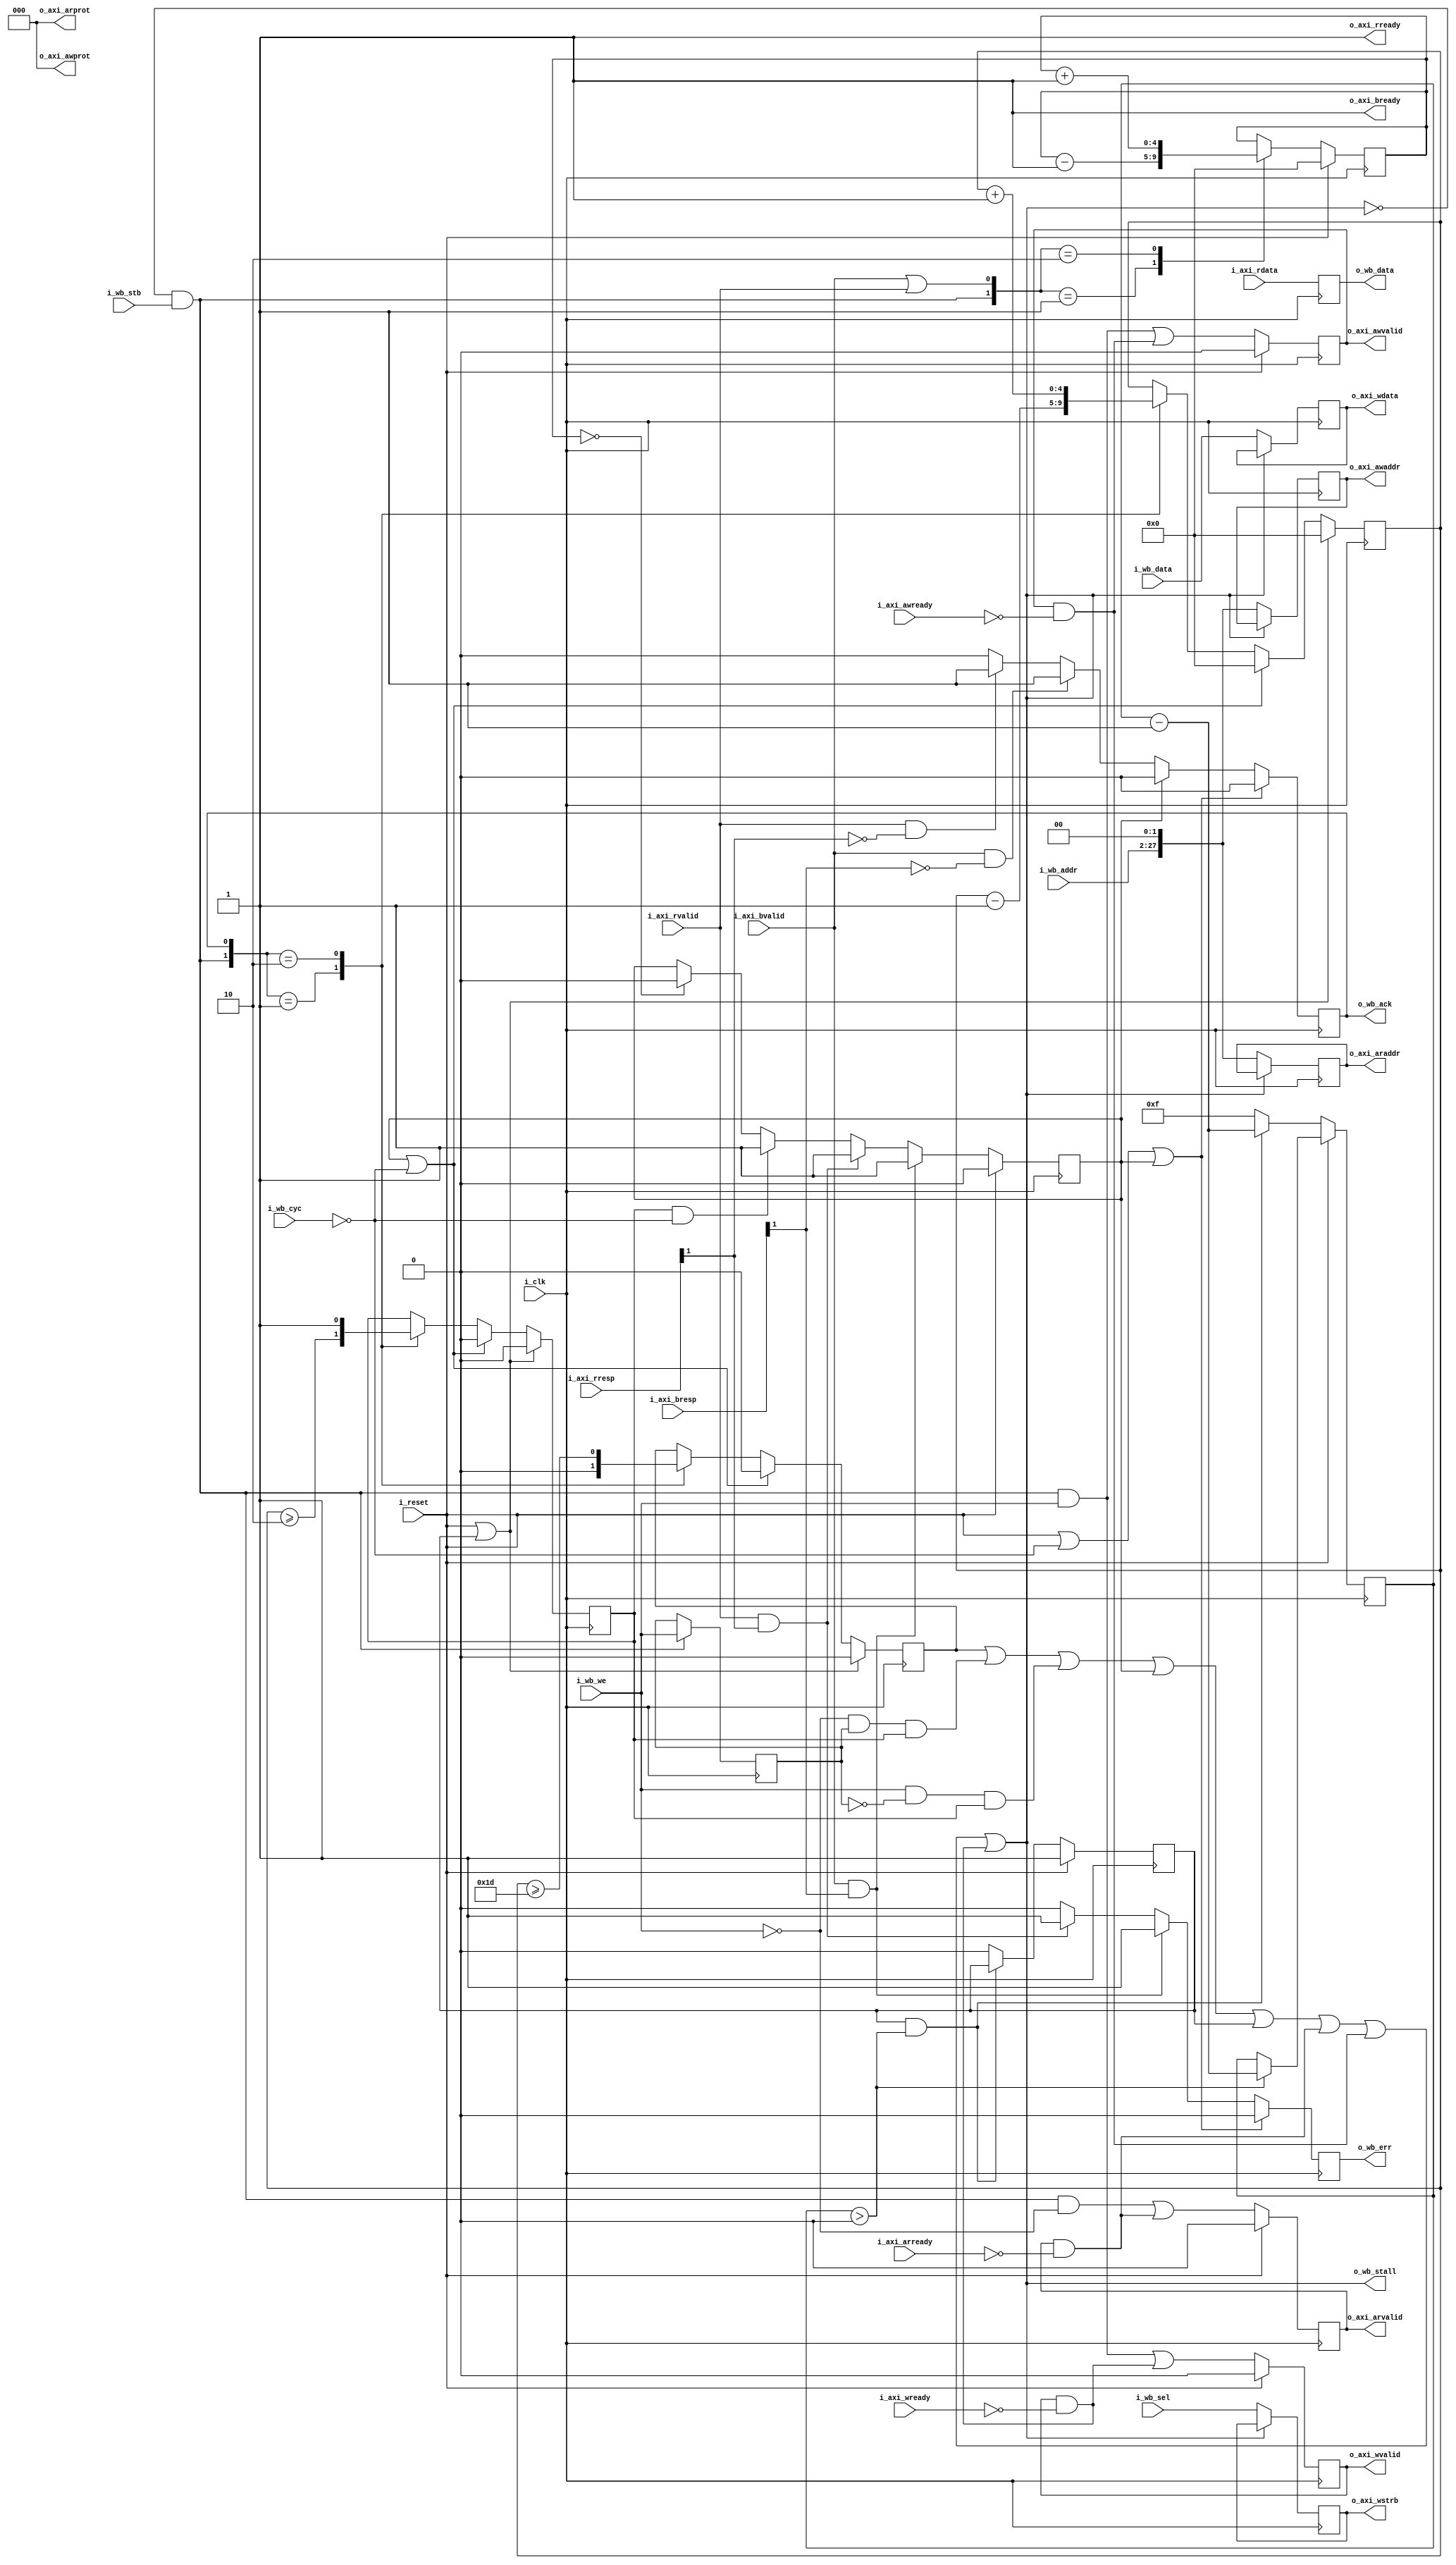
module wbm2axilite #(
		// {{{
		parameter C_AXI_ADDR_WIDTH	=  28,// AXI Address width
		localparam C_AXI_DATA_WIDTH	=  32,// Width of the AXI R&W data
		localparam DW			=  C_AXI_DATA_WIDTH,// Wishbone data width
		localparam AW			=  C_AXI_ADDR_WIDTH-2// WB addr width (log wordsize)
		// }}}
	) (
		// {{{
		// We'll share the clock and the reset
		input	wire			i_clk,
		input	wire			i_reset,
		// Wishbone
		// {{{
		input	wire			i_wb_cyc,
		input	wire			i_wb_stb,
		input	wire			i_wb_we,
		input	wire	[(AW-1):0]	i_wb_addr,
		input	wire	[(DW-1):0]	i_wb_data,
		input	wire	[(DW/8-1):0]	i_wb_sel,
		output	wire			o_wb_stall,
		output	reg			o_wb_ack,
		output	reg	[(DW-1):0]	o_wb_data,
		output	reg			o_wb_err,
		// }}}
		// AXI-Lite
		// {{{
		// AXI write address channel signals
		output	reg			o_axi_awvalid,
		input	wire			i_axi_awready,
		output	reg	[C_AXI_ADDR_WIDTH-1:0]	o_axi_awaddr,
		output	wire	[2:0]		o_axi_awprot,
		//
		// AXI write data channel signals
		output	reg			o_axi_wvalid,
		input	wire			i_axi_wready,
		output	reg	[C_AXI_DATA_WIDTH-1:0]	o_axi_wdata,
		output	reg	[C_AXI_DATA_WIDTH/8-1:0] o_axi_wstrb,
		//
		// AXI write response channel signals
		input	wire			i_axi_bvalid,
		output	wire			o_axi_bready,
		input	wire [1:0]		i_axi_bresp,
		//
		// AXI read address channel signals
		output	reg			o_axi_arvalid,
		input	wire			i_axi_arready,
		output	reg	[C_AXI_ADDR_WIDTH-1:0]	o_axi_araddr,
		output	wire	[2:0]		o_axi_arprot,
		//
		// AXI read data channel signals
		input	wire			i_axi_rvalid,
		output	wire			o_axi_rready,
		input wire [C_AXI_DATA_WIDTH-1:0] i_axi_rdata,
		input	wire	[1:0]		i_axi_rresp
		// }}}
		// }}}
	);

	// Declarations
	// {{{
//*****************************************************************************
// Local Parameter declarations
//*****************************************************************************

	//
	// LGIFOFLN: The log (based two) of the size of our FIFO.  This is a
	// localparam since 1) 32-bit distributed memories nearly come for
	// free, and 2) because there is no performance gain to be had in larger
	// memories.  2^32 entries is the perfect size for this application.
	// Any smaller, and the core will not be able to maintain 100%
	// throughput.
	localparam	LGFIFOLN = 5;


//*****************************************************************************
// Internal register and wire declarations
//*****************************************************************************

// Things we're not changing ...
	assign o_axi_awprot  = 3'b000;	// Unpriviledged, unsecure, data access
	assign o_axi_arprot  = 3'b000;	// Unpriviledged, unsecure, data access

	reg	full_fifo, err_state, axi_reset_state, wb_we;
	reg	[3:0]	reset_count;
	reg			pending;
	reg	[LGFIFOLN-1:0]	outstanding, err_pending;
	// }}}
	////////////////////////////////////////////////////////////////////////
	//
	// Master bridge logic
	// {{{
	////////////////////////////////////////////////////////////////////////
	//
	//

	// o_wb_stall
	// {{{
	assign	o_wb_stall = (full_fifo)
			||((!i_wb_we)&&( wb_we)&&(pending))
			||(( i_wb_we)&&(!wb_we)&&(pending))
			||(err_state)||(axi_reset_state)
			||(o_axi_arvalid)&&(!i_axi_arready)
			||(o_axi_awvalid)&&(!i_axi_awready)
			||(o_axi_wvalid)&&(!i_axi_wready);
	// }}}

	// reset_count, axi_reset_state
	// {{{
	initial	axi_reset_state = 1'b1;
	initial	reset_count = 4'hf;
	always @(posedge i_clk)
	if (i_reset)
	begin
		axi_reset_state <= 1'b1;
		if (reset_count > 0)
			reset_count <= reset_count - 1'b1;
	end else if ((axi_reset_state)&&(reset_count > 0))
		reset_count <= reset_count - 1'b1;
	else begin
		axi_reset_state <= 1'b0;
		reset_count <= 4'hf;
	end
	// }}}

	// pending, outstanding, full_fifo: Count outstanding transactions
	// {{{
	initial	pending = 0;
	initial	outstanding = 0;
	always @(posedge i_clk)
	if ((i_reset)||(axi_reset_state))
	begin
		pending <= 0;
		outstanding <= 0;
		full_fifo <= 0;
	end else if ((err_state)||(!i_wb_cyc))
	begin
		pending <= 0;
		outstanding <= 0;
		full_fifo <= 0;
	end else case({ ((i_wb_stb)&&(!o_wb_stall)), (o_wb_ack) })
	2'b01: begin
		outstanding <= outstanding - 1'b1;
		pending <= (outstanding >= 2);
		full_fifo <= 1'b0;
		end
	2'b10: begin
		outstanding <= outstanding + 1'b1;
		pending <= 1'b1;
		full_fifo <= (outstanding >= {{(LGFIFOLN-2){1'b1}},2'b01});
		end
	default: begin end
	endcase
	// }}}

	always @(posedge i_clk)
	if ((i_wb_stb)&&(!o_wb_stall))
		wb_we <= i_wb_we;
	// }}}
	////////////////////////////////////////////////////////////////////////
	//
	// Write address logic
	// {{{
	////////////////////////////////////////////////////////////////////////
	//

	// o_axi_awvalid
	// {{{
	initial	o_axi_awvalid = 0;
	always @(posedge i_clk)
	if (i_reset)
		o_axi_awvalid <= 0;
	else
		o_axi_awvalid <= (!o_wb_stall)&&(i_wb_stb)&&(i_wb_we)
			||(o_axi_awvalid)&&(!i_axi_awready);
	// }}}


	// o_axi_awaddr
	// {{{
	always @(posedge i_clk)
	if (!o_wb_stall)
		o_axi_awaddr <= { i_wb_addr, 2'b00 };
	// }}}

	// }}}
	////////////////////////////////////////////////////////////////////////
	//
	// Read address logic
	// {{{
	////////////////////////////////////////////////////////////////////////
	//
	//

	// o_axi_arvalid
	// {{{
	initial	o_axi_arvalid = 1'b0;
	always @(posedge i_clk)
	if (i_reset)
		o_axi_arvalid <= 1'b0;
	else
		o_axi_arvalid <= (!o_wb_stall)&&(i_wb_stb)&&(!i_wb_we)
			||((o_axi_arvalid)&&(!i_axi_arready));
	// }}}

	// o_axi_araddr
	// {{{
	always @(posedge i_clk)
	if (!o_wb_stall)
		o_axi_araddr <= { i_wb_addr, 2'b00 };
	// }}}
	// }}}
	////////////////////////////////////////////////////////////////////////
	//
	// Write data logic
	// {{{
	////////////////////////////////////////////////////////////////////////
	//
	//

	// o_axi_wdata, o_axi_wstrb
	// {{{
	always @(posedge i_clk)
	if (!o_wb_stall)
	begin
		o_axi_wdata <= i_wb_data;
		o_axi_wstrb <= i_wb_sel;
	end
	// }}}

	// o_axi_wvalid
	// {{{
	initial	o_axi_wvalid = 0;
	always @(posedge i_clk)
	if (i_reset)
		o_axi_wvalid <= 0;
	else
		o_axi_wvalid <= ((!o_wb_stall)&&(i_wb_stb)&&(i_wb_we))
			||((o_axi_wvalid)&&(!i_axi_wready));
	// }}}

	// o_wb_ack
	// {{{
	initial	o_wb_ack = 1'b0;
	always @(posedge i_clk)
	if ((i_reset)||(!i_wb_cyc)||(err_state))
		o_wb_ack <= 1'b0;
	else if (err_state)
		o_wb_ack <= 1'b0;
	else if ((i_axi_bvalid)&&(!i_axi_bresp[1]))
		o_wb_ack <= 1'b1;
	else if ((i_axi_rvalid)&&(!i_axi_rresp[1]))
		o_wb_ack <= 1'b1;
	else
		o_wb_ack <= 1'b0;
	// }}}

	// o_wb_data
	// {{{
	always @(posedge i_clk)
		o_wb_data <= i_axi_rdata;
	// }}}
	// }}}
	// Read data channel / response logic
	assign	o_axi_rready = 1'b1;
	assign	o_axi_bready = 1'b1;

	// o_wb_err
	// {{{
	initial	o_wb_err = 1'b0;
	always @(posedge i_clk)
	if ((i_reset)||(!i_wb_cyc)||(err_state))
		o_wb_err <= 1'b0;
	else if ((i_axi_bvalid)&&(i_axi_bresp[1]))
		o_wb_err <= 1'b1;
	else if ((i_axi_rvalid)&&(i_axi_rresp[1]))
		o_wb_err <= 1'b1;
	else
		o_wb_err <= 1'b0;
	// }}}

	// err_state
	// {{{
	initial	err_state = 1'b0;
	always @(posedge i_clk)
	if (i_reset)
		err_state <= 0;
	else if ((i_axi_bvalid)&&(i_axi_bresp[1]))
		err_state <= 1'b1;
	else if ((i_axi_rvalid)&&(i_axi_rresp[1]))
		err_state <= 1'b1;
	else if ((pending)&&(!i_wb_cyc))
		err_state <= 1'b1;
	else if (err_pending == 0)
		err_state <= 0;
	// }}}

	// err_pending
	// {{{
	initial	err_pending = 0;
	always @(posedge i_clk)
	if (i_reset)
		err_pending <= 0;
	else case({ ((i_wb_stb)&&(!o_wb_stall)),
					((i_axi_bvalid)||(i_axi_rvalid)) })
	2'b01: err_pending <= err_pending - 1'b1;
	2'b10: err_pending <= err_pending + 1'b1;
	default: begin end
	endcase
	// }}}

	// Make verilator happy
	// {{{
	// verilator lint_off UNUSED
	wire	[2:0]	unused;
	assign	unused = { i_wb_cyc, i_axi_bresp[0], i_axi_rresp[0] };
	// verilator lint_on  UNUSED
	// }}}
/////////////////////////////////////////////////////////////////////////
/////////////////////////////////////////////////////////////////////////
/////////////////////////////////////////////////////////////////////////
//
// Formal methods section
// {{{
// These are only relevant when *proving* that this translator works
/////////////////////////////////////////////////////////////////////////
/////////////////////////////////////////////////////////////////////////
/////////////////////////////////////////////////////////////////////////
/////////////////////////////////////////////////////////////////////////
`ifdef	FORMAL
	localparam	FIFOLN = (1<<LGFIFOLN);
	reg	f_past_valid;
//
`define	ASSUME	assume
`define	ASSERT	assert

	// Parameters
	initial	assert(DW == 32);
	initial	assert(C_AXI_ADDR_WIDTH == AW+2);
	//

	//
	// Setup
	//
	initial	f_past_valid = 1'b0;
	always @(posedge i_clk)
		f_past_valid <= 1'b1;

	always @(*)
	if (!f_past_valid)
		`ASSUME(i_reset);

	////////////////////////////////////////////////////////////////////////
	//
	// Bus properties
	// {{{
	////////////////////////////////////////////////////////////////////////
	//
	//
	always @(*)
		assume(f_past_valid || i_reset);

	wire	[(LGFIFOLN-1):0]	f_wb_nreqs, f_wb_nacks,f_wb_outstanding;
	fwb_slave #(
		// {{{
		.DW(DW),.AW(AW),
		.F_MAX_STALL(0),
		.F_MAX_ACK_DELAY(0),
		.F_LGDEPTH(LGFIFOLN),
		.F_MAX_REQUESTS(FIFOLN-2)
		// }}}
	) f_wb(
		// {{{
		i_clk, i_reset, i_wb_cyc, i_wb_stb, i_wb_we, i_wb_addr,
					i_wb_data, i_wb_sel,
				o_wb_ack, o_wb_stall, o_wb_data, o_wb_err,
			f_wb_nreqs, f_wb_nacks, f_wb_outstanding
		// }}}
	);

	wire	[(LGFIFOLN-1):0]	f_axi_rd_outstanding,
					f_axi_wr_outstanding,
					f_axi_awr_outstanding;

	faxil_master #(
		// {{{
		// .C_AXI_DATA_WIDTH(C_AXI_DATA_WIDTH),
		.C_AXI_ADDR_WIDTH(C_AXI_ADDR_WIDTH),
		.F_LGDEPTH(LGFIFOLN),
		.F_AXI_MAXWAIT(3),
		.F_AXI_MAXDELAY(3)
		// }}}
	) f_axil(
		// {{{
		.i_clk(i_clk),
		.i_axi_reset_n((!i_reset)&&(!axi_reset_state)),
		// Write address channel
		.i_axi_awvalid(o_axi_awvalid),
		.i_axi_awready(i_axi_awready),
		.i_axi_awaddr( o_axi_awaddr),
		.i_axi_awprot( o_axi_awprot),
		// Write data channel
		.i_axi_wvalid( o_axi_wvalid),
		.i_axi_wready( i_axi_wready),
		.i_axi_wdata(  o_axi_wdata),
		.i_axi_wstrb(  o_axi_wstrb),
		// Write response channel
		.i_axi_bvalid( i_axi_bvalid),
		.i_axi_bready( o_axi_bready),
		.i_axi_bresp(  i_axi_bresp),
		// Read address channel
		.i_axi_arvalid(o_axi_arvalid),
		.i_axi_arready(i_axi_arready),
		.i_axi_araddr( o_axi_araddr),
		.i_axi_arprot( o_axi_arprot),
		// Read data channel
		.i_axi_rvalid( i_axi_rvalid),
		.i_axi_rready( o_axi_rready),
		.i_axi_rdata(  i_axi_rdata),
		.i_axi_rresp(  i_axi_rresp),
		// Counts
		.f_axi_rd_outstanding( f_axi_rd_outstanding),
		.f_axi_wr_outstanding( f_axi_wr_outstanding),
		.f_axi_awr_outstanding( f_axi_awr_outstanding)
		// }}}
	);
	// }}}


	//////////////////////////////////////////////
	//
	//
	// Assertions about the AXI4 ouputs
	//
	//
	//////////////////////////////////////////////

	// Write response channel
	always @(posedge i_clk)
		// We keep bready high, so the other condition doesn't
		// need to be checked
		assert(o_axi_bready);

	// AXI read data channel signals
	always @(posedge i_clk)
		// We keep o_axi_rready high, so the other condition's
		// don't need to be checked here
		assert(o_axi_rready);

	//
	// Let's look into write requests
	//
	initial	assert(!o_axi_awvalid);
	initial	assert(!o_axi_wvalid);
	always @(posedge i_clk)
	if ((!f_past_valid)||($past(i_reset))||($past(axi_reset_state)))
	begin
		assert(!o_axi_awvalid);
		assert(!o_axi_wvalid);
	end

	always @(posedge i_clk)
	if ((f_past_valid)&&(!$past(i_reset))
		&&($past((i_wb_stb)&&(i_wb_we)&&(!o_wb_stall))))
	begin
		// Following any write request that we accept, awvalid
		// and wvalid should both be true
		assert(o_axi_awvalid);
		assert(o_axi_wvalid);
		assert(wb_we);
	end else if ((f_past_valid)&&($past(i_reset)))
	begin
		if ($past(i_axi_awready))
			assert(!o_axi_awvalid);
		if ($past(i_axi_wready))
			assert(!o_axi_wvalid);
	end

	//
	// AXI write address channel
	//
	always @(posedge i_clk)
	if ((f_past_valid)&&($past((i_wb_stb)&&(i_wb_we)&&(!o_wb_stall))))
		assert(o_axi_awaddr == { $past(i_wb_addr[AW-1:0]), 2'b00 });

	//
	// AXI write data channel
	//
	always @(posedge i_clk)
	if ((f_past_valid)&&($past(i_wb_stb)&&(i_wb_we)&&(!$past(o_wb_stall))))
	begin
		assert(o_axi_wdata == $past(i_wb_data));
		assert(o_axi_wstrb == $past(i_wb_sel));
	end

	//
	// AXI read address channel
	//
	initial	assert(!o_axi_arvalid);
	always @(posedge i_clk)
	if ((f_past_valid)&&(!$past(i_reset))
		&&($past((i_wb_stb)&&(!i_wb_we)&&(!o_wb_stall))))
	begin
		assert(o_axi_arvalid);
		assert(o_axi_araddr == { $past(i_wb_addr), 2'b00 });
	end
	//

	//
	// AXI write response channel
	//

	//
	// AXI read data channel signals
	//
	always @(posedge i_clk)
	if ((f_past_valid)&&(($past(i_reset))||($past(axi_reset_state))))
	begin
		// Relate err_pending to outstanding
		assert(outstanding == 0);
		assert(err_pending == 0);
	end else if (!err_state)
		assert(err_pending == outstanding - ((o_wb_ack)||(o_wb_err)));

	always @(posedge i_clk)
	if ((f_past_valid)&&(($past(i_reset))||($past(axi_reset_state))))
	begin
		assert(f_axi_awr_outstanding == 0);
		assert(f_axi_wr_outstanding == 0);
		assert(f_axi_rd_outstanding == 0);

		assert(f_wb_outstanding == 0);
		assert(!pending);
		assert(outstanding == 0);
		assert(err_pending == 0);
	end else if (wb_we)
	begin
		case({o_axi_awvalid,o_axi_wvalid})
		2'b00: begin
			`ASSERT(f_axi_awr_outstanding   == err_pending);
			`ASSERT(f_axi_wr_outstanding    == err_pending);
			end
		2'b01: begin
			`ASSERT(f_axi_awr_outstanding   == err_pending);
			`ASSERT(f_axi_wr_outstanding +1 == err_pending);
			end
		2'b10: begin
			`ASSERT(f_axi_awr_outstanding+1 == err_pending);
			`ASSERT(f_axi_wr_outstanding    == err_pending);
			end
		2'b11: begin
			`ASSERT(f_axi_awr_outstanding+1 == err_pending);
			`ASSERT(f_axi_wr_outstanding +1 == err_pending);
			end
		endcase

		//
		`ASSERT(!o_axi_arvalid);
		`ASSERT(f_axi_rd_outstanding == 0);
	end else begin
		if (!o_axi_arvalid)
			`ASSERT(f_axi_rd_outstanding == err_pending);
		else
			`ASSERT(f_axi_rd_outstanding+1 == err_pending);

		`ASSERT(!o_axi_awvalid);
		`ASSERT(!o_axi_wvalid);
		`ASSERT(f_axi_awr_outstanding == 0);
		`ASSERT(f_axi_wr_outstanding == 0);
	end

	always @(*)
	if ((!i_reset)&&(i_wb_cyc)&&(!err_state))
		`ASSERT(f_wb_outstanding == outstanding);

	always @(posedge i_clk)
	if ((f_past_valid)&&(err_state))
		`ASSERT((o_wb_err)||(f_wb_outstanding == 0));

	always @(posedge i_clk)
		`ASSERT(pending == (outstanding != 0));
	//
	// Make sure we only create one request at a time
	always @(posedge i_clk)
		`ASSERT((!o_axi_arvalid)||(!o_axi_wvalid));
	always @(posedge i_clk)
		`ASSERT((!o_axi_arvalid)||(!o_axi_awvalid));
	always @(posedge i_clk)
	if (wb_we)
		`ASSERT(!o_axi_arvalid);
	else
		`ASSERT((!o_axi_awvalid)&&(!o_axi_wvalid));

	always @(*)
	if (&outstanding[LGFIFOLN-1:1])
		`ASSERT(full_fifo);
	always @(*)
		assert(outstanding < {(LGFIFOLN){1'b1}});

	// AXI cover results
	always @(*)
		cover(i_axi_bvalid && o_axi_bready);
	always @(*)
		cover(i_axi_rvalid && o_axi_rready);

	always @(posedge i_clk)
		cover(i_axi_bvalid && o_axi_bready
			&& $past(i_axi_bvalid && o_axi_bready)
			&& $past(i_axi_bvalid && o_axi_bready,2));

	always @(posedge i_clk)
		cover(i_axi_rvalid && o_axi_rready
			&& $past(i_axi_rvalid && o_axi_rready)
			&& $past(i_axi_rvalid && o_axi_rready,2));

	// AXI cover requests
	always @(posedge i_clk)
		cover(o_axi_arvalid && i_axi_arready
			&& $past(o_axi_arvalid && i_axi_arready)
			&& $past(o_axi_arvalid && i_axi_arready,2));

	always @(posedge i_clk)
		cover(o_axi_awvalid && i_axi_awready
			&& $past(o_axi_awvalid && i_axi_awready)
			&& $past(o_axi_awvalid && i_axi_awready,2));

	always @(posedge i_clk)
		cover(o_axi_wvalid && i_axi_wready
			&& $past(o_axi_wvalid && i_axi_wready)
			&& $past(o_axi_wvalid && i_axi_wready,2));

	always @(*)
		cover(i_axi_rvalid && o_axi_rready);

	// Wishbone cover results
	always @(*)
		cover(i_wb_cyc && o_wb_ack);

	always @(posedge i_clk)
		cover(i_wb_cyc && o_wb_ack
			&& $past(o_wb_ack)&&$past(o_wb_ack,2));

`endif
// }}}
endmodule